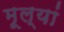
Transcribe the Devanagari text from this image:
मूल्यां